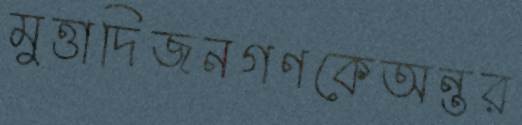
মুত্তাদিজনগণকেঅন্তর